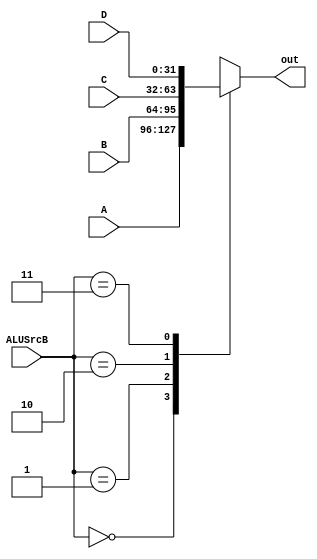

module MUX_B(input [1:0] ALUSrcB,input [31:0]A,input[31:0] B,input[31:0] C,input [31:0] D,output reg [31:0] out);
always @(*)
begin
    case(ALUSrcB)
    2'b00:out<=A;
    2'b01:out<=B;
    2'b10:out<=C;
    2'b11:out<=D;
    endcase
end

endmodule